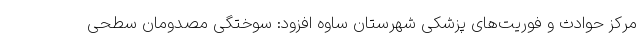
مرکز حوادث و فوریت‌های پزشکی شهرستان ساوه افزود: سوختگی مصدومان سطحی